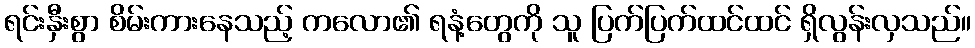
ရင်းနှီးစွာ စိမ်းကားနေသည့် ကလော၏ ရနံ့တွေကို သူ ပြက်ပြက်ထင်ထင် ရှိလွန်းလှသည်။